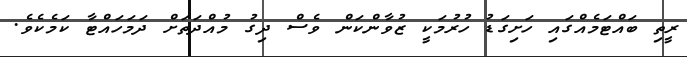
ރީތި ބައްޓަމެއްގައި ހަށިގަޑު ހުރުމަކީ ޒުވާންކަން ވެސް ދިގު މުއްދަތަށް ދަމަހައްޓާ ކަމެކެވެ.